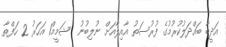
އަދީބާ ބައްދަލުކުރުމުގެ ފުރުސަތު އާއިލާއަށް ނުލިބުނު  ޝަމީމް1 އަހަރު 2 ހަފްތާ